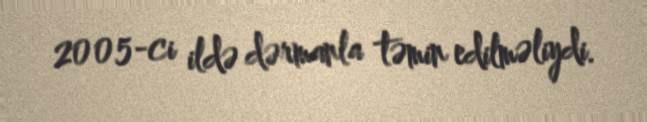
2005-ci ildə dərmanla təmin edilməliydi.